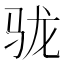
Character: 𩧪